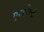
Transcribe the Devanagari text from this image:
एग्मोण्ट